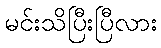
မင်းသိပြီးပြီလား